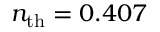
n _ { \mathrm { t h } } = 0 . 4 0 7